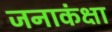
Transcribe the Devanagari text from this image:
जनाकंक्षा